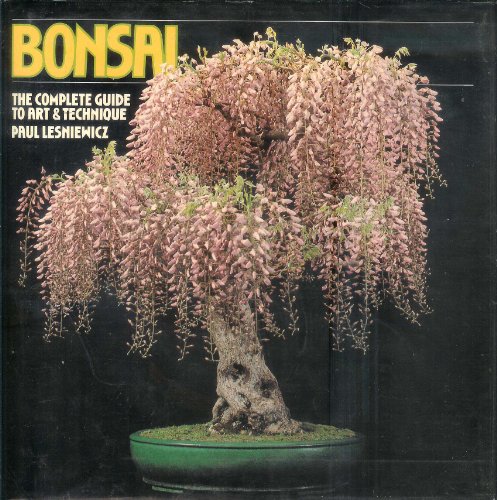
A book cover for Bonsai: The Complete Guide to Art and Technique; Paul Lesniewicz; Crafts, Hobbies & Home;